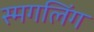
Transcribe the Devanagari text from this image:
स्मगलिंग